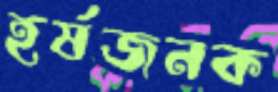
হর্ষজনক